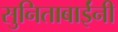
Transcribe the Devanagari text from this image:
सुनिताबाईंनी